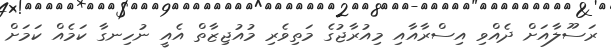
ރަސޫލާއަށް ދެއްވި އިސްރާއާއި މިއުރާޖުގެ މަތިވެރި މުއުޖިޒާތް އެއީ ނުހިނގާ ކަމެއް ކަމަށް